Report on malaria in the Punjab during the year ...  together with an account of the work of the Punjab Malaria Bureau - Volume 3
Disease focus: Malaria
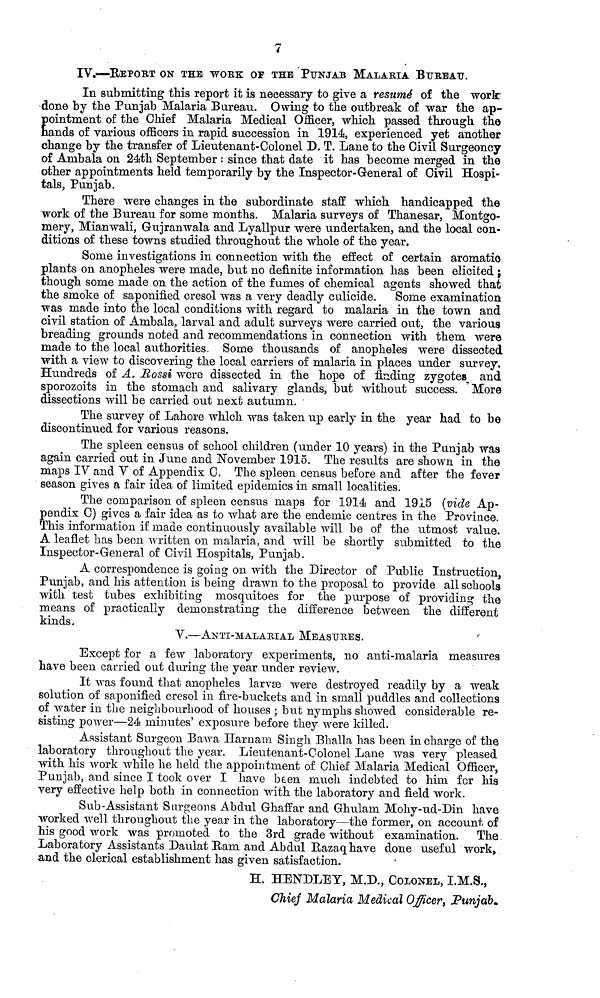
IV.—REPORT ON THE WORK OF THE PUNJAB MALARIA BUREAU.
In submitting this report it is necessary to give a resume of the work
done by the Punjab Malaria Bureau. Owing to the outbreak of war the ap-
pointment of the Chief Malaria Medical Officer, which passed through the
hands of various officers in rapid succession in 1914, experienced yet another
change by the transfer of Lieutenant-Colonel D. T. Lane to the Civil Surgeoncy
of Ambala on 24th September : since that date it has become merged in the
other appointments held temporarily by the Inspector-General of Civil Hospi-
tals, Punjab.
There were changes in the subordinate staff which handicapped the
work of the Bureau for some months. Malaria surveys of Thanesar, Montgo-
mery, Mianwali, Gujranwala and Lyallpur were undertaken, and the local con-
ditions of these towns studied throughout the whole of the year.
Some investigations in connection with the effect of certain aromatic
plants on anopheles were made, but no definite information has been elicited ;
though some made on the action of the fumes of chemical agents showed that
the smoke of saponified cresol was a very deadly culicide. Some examination
was made into the local conditions with regard to malaria in the town and
civil station of Ambala, larval and adult surveys were carried out, the various
breading grounds noted and recommendations in connection with them were
made to the local authorities. Some thousands of anopheles were dissected
with a view to discovering the local carriers of malaria in places under survey.
Hundreds of A. Rossi were dissected in the hope of finding zygotes and
sporozoits in the stomach and salivary glands, but without success. More
dissections will be carried out next autumn.
The survey of Lahore which was taken up early in the year had to be
discontinued for various reasons.
The spleen census of school children (under 10 years) in the Punjab was
again carried out in June and November 1915. The results are shown in the
maps IV and V of Appendix C. The spleen census before and after the fever
season gives a fair idea of limited epidemics in small localities.
The comparison of spleen census maps for 1914 and 1915 (vide Ap-
pendix C) gives a fair idea as to what are the endemic centres in the Province.
This information if made continuously available will be of the utmost value.
A leaflet has been written on malaria, and will be shortly submitted to the
Inspector-General of Civil Hospitals, Punjab.
A correspondence is going on with the Director of Public Instruction,
Punjab, and his attention is being drawn to the proposal to provide all schools
with test tubes exhibiting mosquitoes for the purpose of providing the
means of practically demonstrating the difference between the different
kinds.
V.—ANTI-MALARIAL MEASURES.
Except for a few laboratory experiments, no anti-malaria measures
have been carried out during the year under review.
It was found that anopheles larvæ were destroyed readily by a weak
solution of saponified cresol in fire-buckets and in small puddles and collections
of water in the neighbourhood of houses ; but nymphs showed considerable re-
sisting power—24 minutes' exposure before they were killed.
Assistant Surgeon Bawa Harnam Singh Bhalla has been in charge of the
laboratory throughout the year. Lieutenant-Colonel Lane was very pleased
with his work while he held the appointment of Chief Malaria Medical Officer,
Punjab, and since I took over I have been much indebted to him for his
very effective help both in connection with the laboratory and field work.
Sub-Assistant Surgeons Abdul Ghaffar and Ghulam Mohy-ud-Din have
worked well throughout the year in the laboratory—the former, on account of
his good work was promoted to the 3rd grade without examination. The
Laboratory Assistants Daulat Ram and Abdul Razaq have done useful work,
and the clerical establishment has given satisfaction.
H. HENDLEY, M.D., COLONEL, I.M.S,
Chief Malaria Medical Officer, Punjab